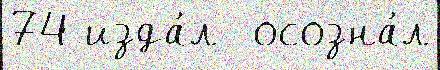
74 изда́л  осозна́л